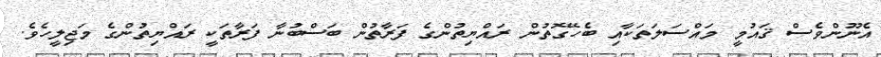
އެނޫންވެސް ޤައުމީ މައްސަލަތަކާއި ބެހޭގޮތުން ރައްޔިތުންގެ ފަރާތުން ބަސްބުނާ ފަރާތަކީ ރައްޔިތުންގެ މަޖިލީހެވެ.